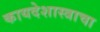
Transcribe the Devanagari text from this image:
कायदेशास्त्राचा